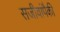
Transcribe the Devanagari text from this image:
सजीवांपैकी